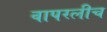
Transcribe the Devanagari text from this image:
वापरलीच